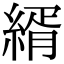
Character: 縃